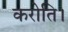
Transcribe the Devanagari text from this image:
करोति।